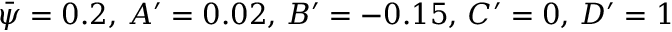
\bar { \psi } = 0 . 2 , \, A ^ { \prime } = 0 . 0 2 , \, B ^ { \prime } = - 0 . 1 5 , \, C ^ { \prime } = 0 , \, D ^ { \prime } = 1